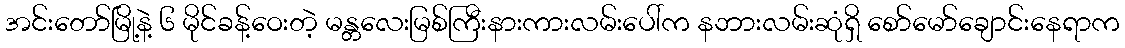
အင်းတော်မြို့နဲ့ ၆ မိုင်ခန့်ဝေးတဲ့ မန္တလေးမြစ်ကြီးနားကားလမ်းပေါ်က နဘားလမ်းဆုံရှိ စော်မော်ချောင်းနေရာက